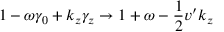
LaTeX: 1 - \omega \gamma _ { 0 } + k _ { z } \gamma _ { z } \rightarrow 1 + \omega - \frac { 1 } { 2 } v ^ { \prime } k _ { z }